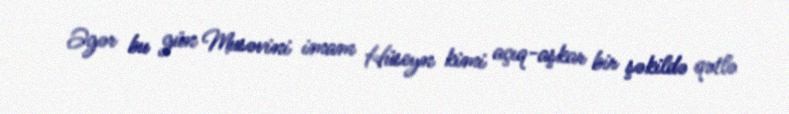
Əgər bu gün Musəvini imam Hüseyn kimi açıq-aşkar bir şəkildə qətlə